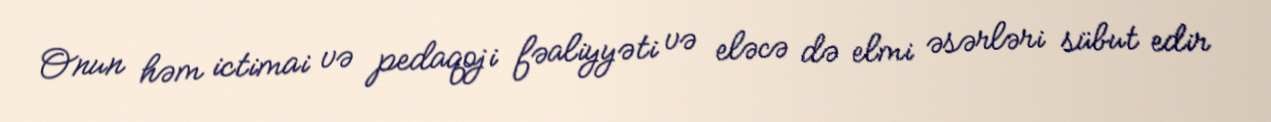
Onun həm ictimai və pedaqoji fəaliyyəti və eləcə də elmi əsərləri sübut edir